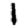
Digit: 1